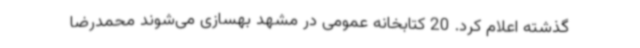
گذشته اعلام کرد. 20 کتابخانه عمومی در مشهد بهسازی می‌شوند محمدرضا